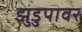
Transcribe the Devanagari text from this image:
झुडुपावर